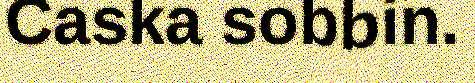
Caska sobbin.